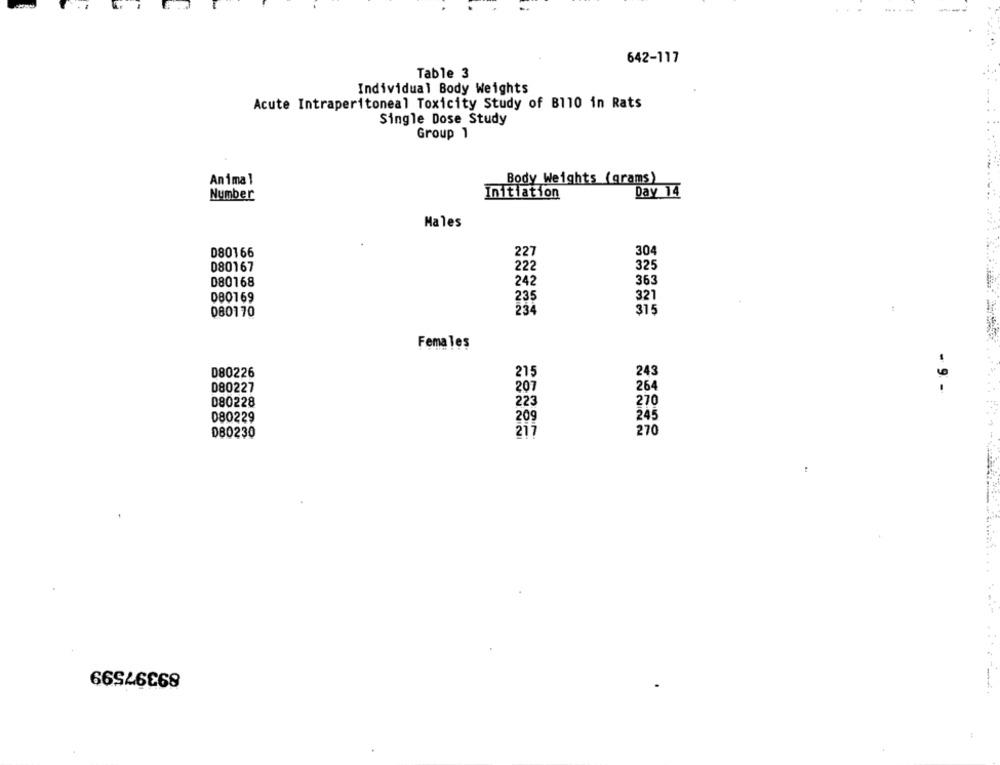
642-117
Table 3
Individual Body Weights
Acute Intraperitoneal Toxicity Study of B110 in Rats
Single Dose Study
Group 1
Animal
Body Weights (grams)
Number
Initiation
Day 14
Males
304
080166
227
080167
222
325
080168
242
363
080169
235
321
080170
234
315
Females
D80226
215
243
D80227
207
264
- 9 -
080228
223
270
080229
209
245
080230
217
270
89397599